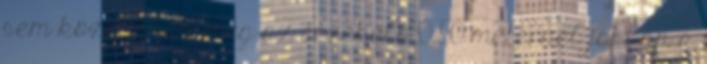
sem közelítheti meg az érzékelõ 0,50 méternél jobban a